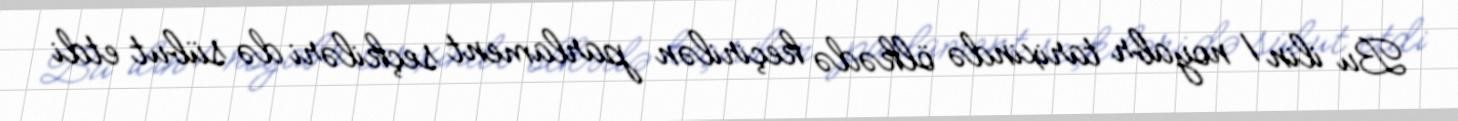
Bu ilin 1 noyabr tarixində ölkədə keçirilən parlament seçkiləri də sübut etdi